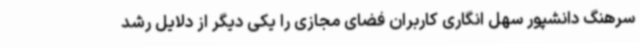
سرهنگ دانشپور سهل انگاری کاربران فضای مجازی را یکی دیگر از دلایل رشد